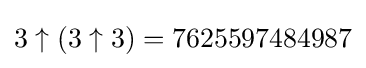
3\uparrow (3\uparrow 3)=7625597484987